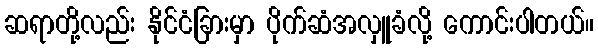
ဆရာတို့လည်း နိုင်ငံခြားမှာ ပိုက်ဆံအလှူခံလို့ ကောင်းပါတယ်။